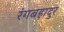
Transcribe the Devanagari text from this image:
रंगबहादुर